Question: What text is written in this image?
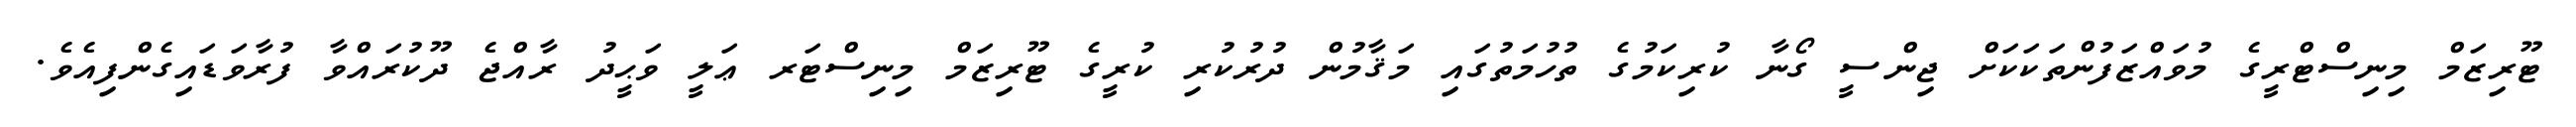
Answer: ޓޫރިޒަމް މިނިސްޓްރީގެ މުވައްޒަފުންތަކަކަށް ޖިންސީ ގޯނާ ކުރިކަމުގެ ތުހުމަތުގައި މަޤާމުން ދުރުކުރި ކުރީގެ ޓޫރިޒަމް މިނިސްޓަރ ޢަލީ ވަޙީދު ރާއްޖެ ދޫކުރައްވާ ފުރާވަޑައިގެންފިއެވެ.